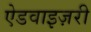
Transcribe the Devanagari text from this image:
ऐडवाइज़री